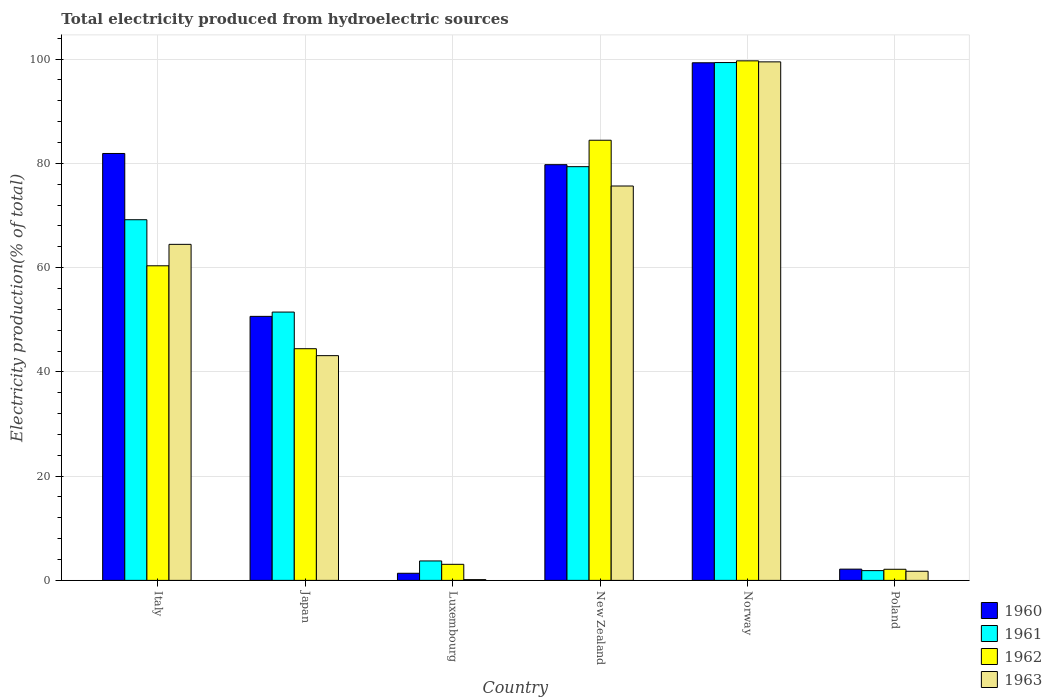
| Country | 1960 | 1961 | 1962 | 1963 |
 | --- | --- | --- | --- | --- |
 | Italy | 81.9 | 69.2 | 60.4 | 64.5 |
 | Japan | 50.6 | 51.5 | 44.4 | 43.1 |
 | Luxembourg | 1.37 | 3.73 | 3.08 | 0.148 |
 | New Zealand | 79.8 | 79.4 | 84.4 | 75.7 |
 | Norway | 99.3 | 99.3 | 99.7 | 99.5 |
 | Poland | 2.16 | 1.87 | 2.13 | 1.75 |